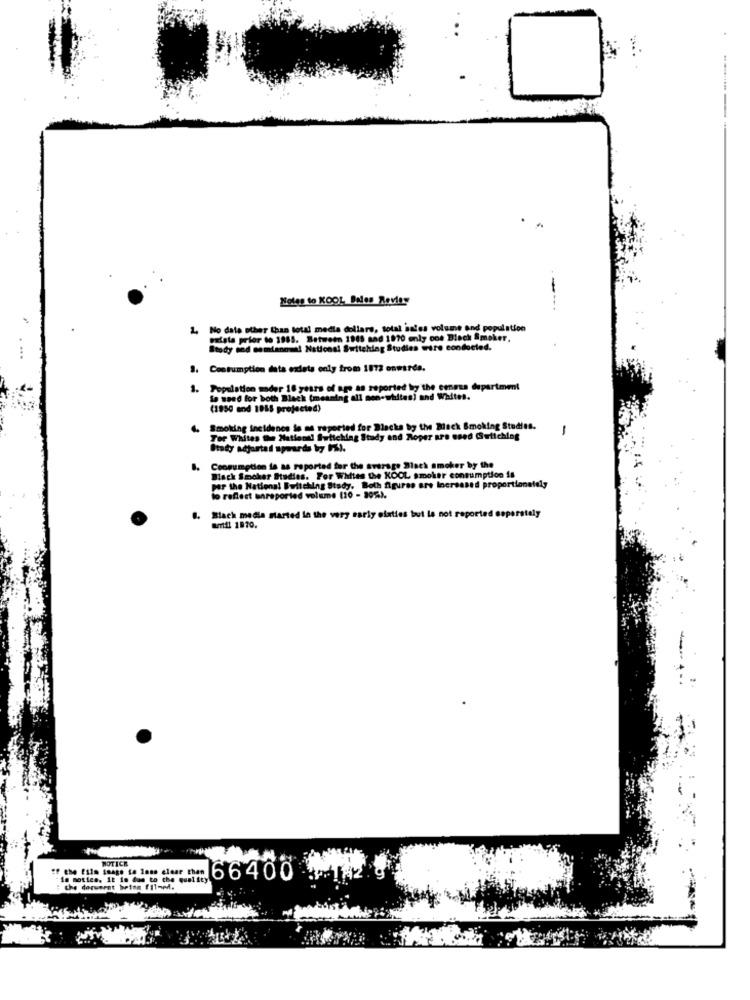
Notes to KOOL Bales Revisy
----.
No data other than total media dollars, total sales volume and population
patate prior to 1985. Between 1948 and 1970 only one Block Smaker.
Stody nad semtenowe! National Switching Studies were conducted.
Consumption data exists only from 1873 onwards.
1. Population under 18 years of age as reported by the census department
la weed for both Black (meaning all non-whites) and Whites.
(1950 and 1055 projected)
4. Smoking incidence is as reported for Blacks by the Black Smoking Studies.
-
Tor Whites The Matiend! futichlag Study and Roper are used Switching
Itady adjuntad upwards 17 1%).
B. Consumption is as reported for the average Black smoker by the
Back Smoker Studies. For Whites the KOOL smoker consumption is
per the National Buitching Study. Both figures are Increased proportionately
to reflect unreported volume (10 - 205%).
Black media marted in the very early sixties but la not reported seperately
antil 1970.
NOTICE
If the film smage ta loss clear than
in motice. it is das to the quality
66400
the doruerat brisa filmed.